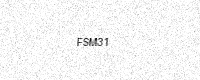
Text: FSM31